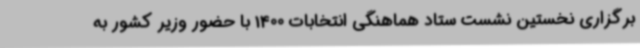
برگزاری نخستین نشست ستاد هماهنگی انتخابات 1400 با حضور وزیر کشور به